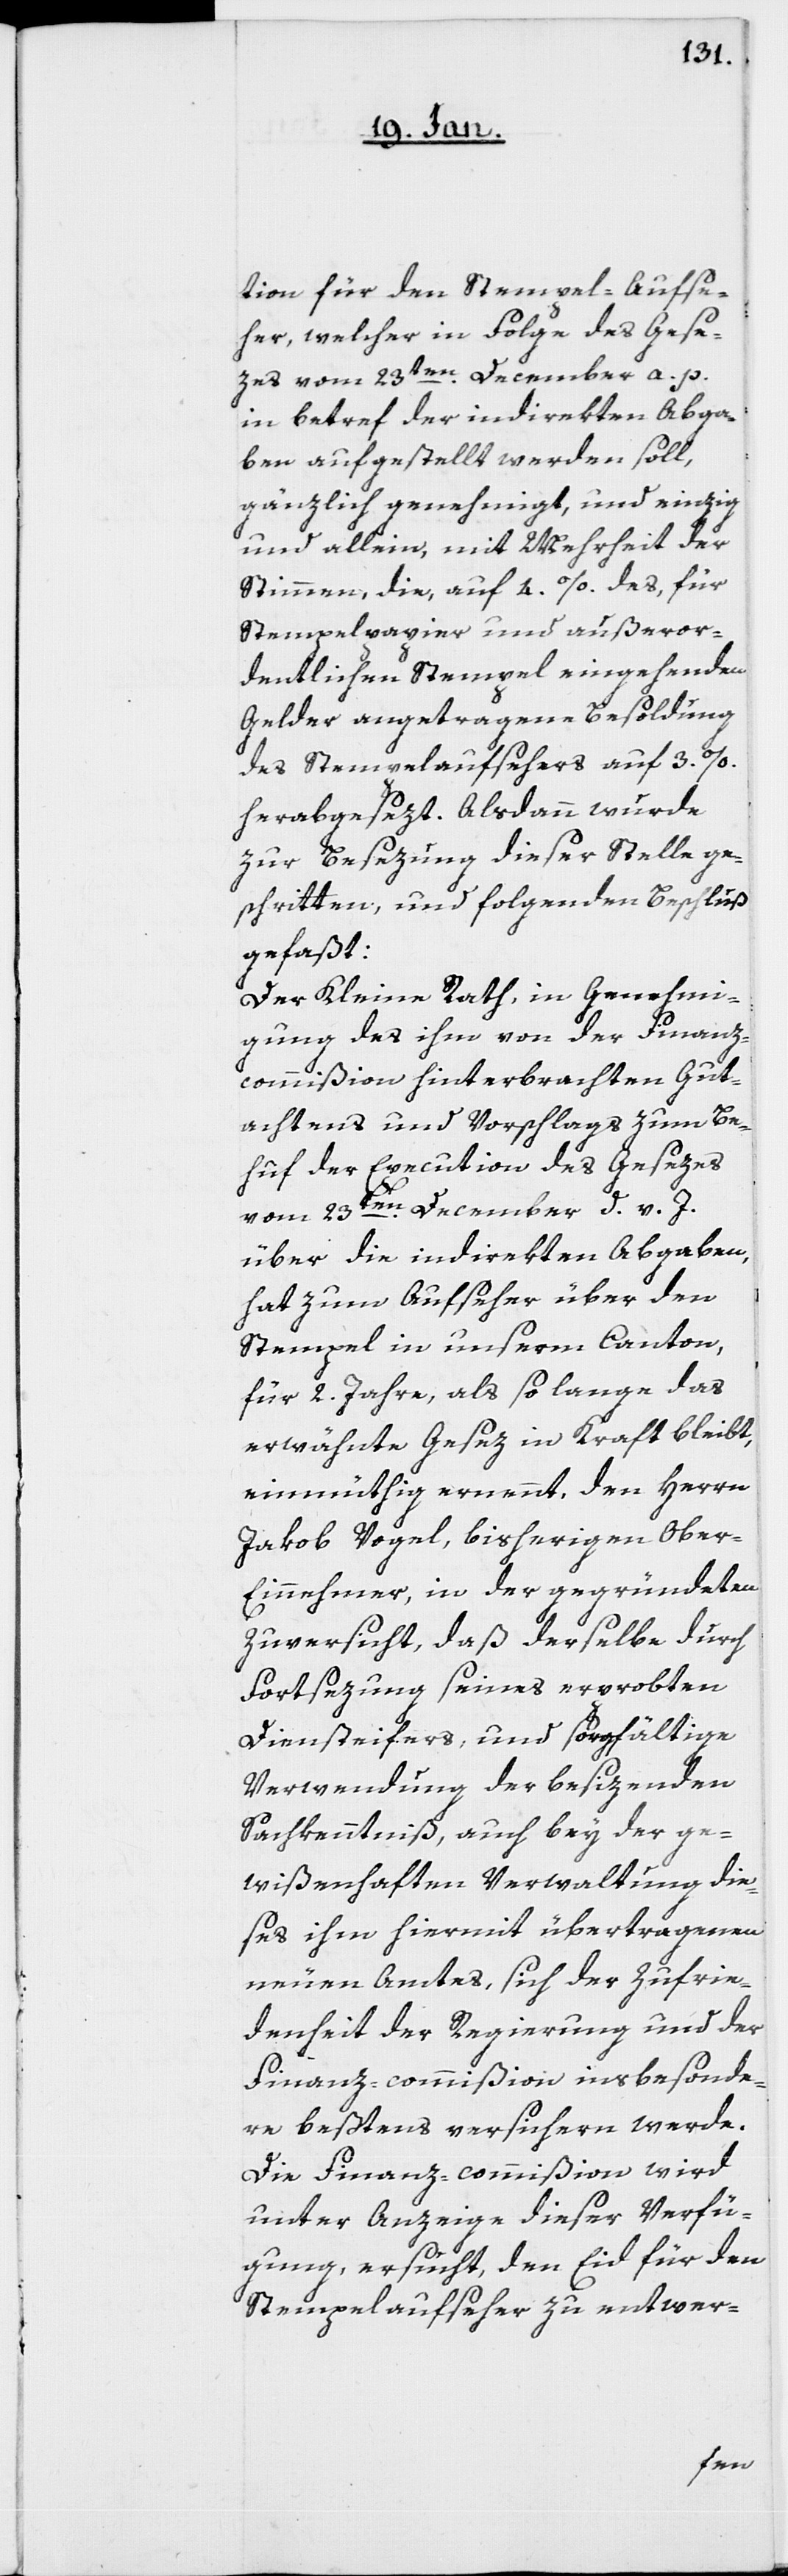
tion für den Stempel-Aufse¬
her, welcher in Folge des Gese¬
zes vom 23ten. December a. p.
in betreff der indirekten Abga¬
ben aufgestellt werden soll,
gänzlich genehmigt, und einzig
und allein, mit Mehrheit der
Stimmen, die, auf 4. %. des, für
Stempelpapier und außeror¬
dentlichen Stempel eingehenden
Gelder angetragene Besoldung
des Stempelaufsehers auf 3. %.
herabgesezt. Alsdann wurde
zur Besezung dieser Stelle ge¬
schritten, und folgenden Beschluß
gefaßt:
Der Kleine Rath, in Genehmi¬
gung des ihm von der Finanz¬
commißion hinterbrachten Gut¬
achtens und Vorschlags zum Be¬
huf der Execution des Gesezes
vom 23ten. December d. v. J.,
über die indirekten Abgaben,
hat zum Aufseher über den
Stempel in unserm Canton,
für 2. Jahre, als solange das
erwähnte Gesez in Kraft bleibt,
einmüthig ernennt, den Herrn
Jakob Vogel, bisherigen Ober-E¬
innehmer, in der gegründeten
Zuversicht, daß derselbe durch
Fortsezung seines erprobten
Diensteifers, und sorgfältige
Verwendung der besizenden
Sachkenntniß, auch bey der ge¬
wißenhaften Verwaltung die¬
ses ihm hiermit übertragenen
neuen Amtes, sich der Zufrie¬
denheit der Regierung und der
Finanz-commißion insbesonde¬
re beßtens versichern werde.
Die Finanz-commißion wird
unter Anzeige dieser Verfü¬
gung ersucht, den Eid für den
Stempelaufseher zu entwer-